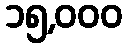
၁၅,၀၀၀